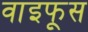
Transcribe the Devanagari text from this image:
वाइफूस